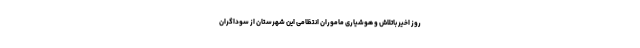
روز اخیر باتلاش و هوشیاری ماموران انتظامی این شهرستان از سوداگران